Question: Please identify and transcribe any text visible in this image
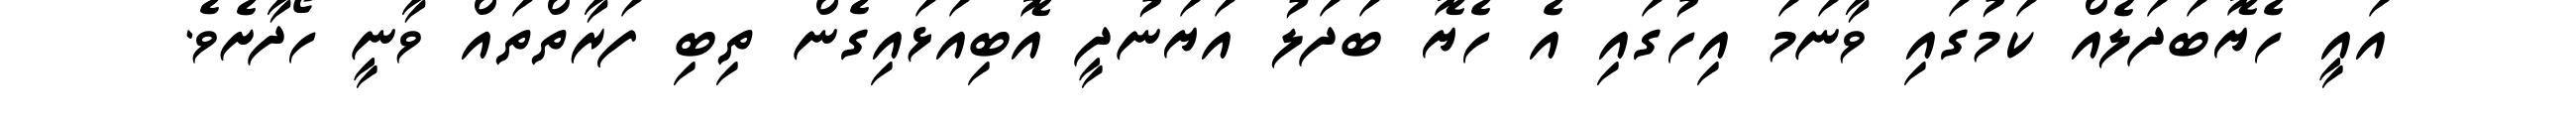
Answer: އައީ ހެޔޮބަދަލެއް ކަމުގައި ވާނަމަ އިހުގައި އެ ހެޔޮ ބަދަލު އަޔަނުދީ އޮބިއަޅައިގެން ތިބި ފަރާތްތައް ވާނީ ހޯދާށެވެ.